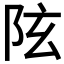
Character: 𨸫